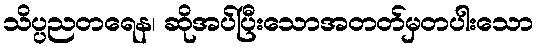
သိပ္ပညတရေန၊ ဆိုအပ်ပြီးသောအတတ်မှတပါးသော